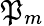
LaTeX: \mathfrak{P}_{m}